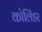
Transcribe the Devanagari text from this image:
कोलिंडर